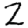
Digit: 2